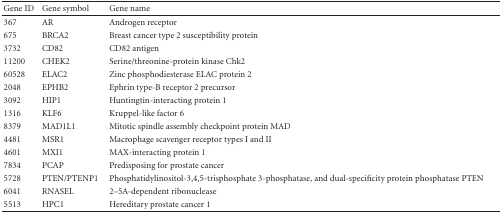
<table><thead><tr><td><b>Gene ID</b></td><td><b> Gene symbol</b></td><td><b> Gene name</b></td></tr></thead><tbody><tr><td>367</td><td> AR</td><td> Androgen receptor</td></tr><tr><td> 675</td><td>BRCA2</td><td>Breast cancer type 2 susceptibility protein</td></tr><tr><td> 3732</td><td>CD82</td><td>CD82 antigen</td></tr><tr><td> 11200</td><td>CHEK2</td><td>Serine/threonine-protein kinase Chk2</td></tr><tr><td> 60528</td><td>ELAC2</td><td>Zinc phosphodiesterase ELAC protein 2</td></tr><tr><td> 2048</td><td>EPHB2</td><td>Ephrin type-B receptor 2 precursor</td></tr><tr><td> 3092</td><td>HIP1</td><td>Huntingtin-interacting protein 1</td></tr><tr><td> 1316</td><td>KLF6</td><td>Kruppel-like factor 6</td></tr><tr><td> 8379</td><td>MAD1L1</td><td>Mitotic spindle assembly checkpoint protein MAD</td></tr><tr><td> 4481</td><td>MSR1</td><td>Macrophage scavenger receptor types I and II</td></tr><tr><td> 4601</td><td>MXI1</td><td>MAX-interacting protein 1</td></tr><tr><td> 7834</td><td>PCAP</td><td>Predisposing for prostate cancer</td></tr><tr><td> 5728</td><td>PTEN/PTENP1</td><td>Phosphatidylinositol-3,4,5-trisphosphate 3-phosphatase, and dual-specificity protein phosphatase PTEN</td></tr><tr><td> 6041</td><td>RNASEL</td><td>2–5A-dependent ribonuclease</td></tr><tr><td> 5513</td><td>HPC1</td><td>Hereditary prostate cancer 1</td></tr></tbody></table>